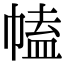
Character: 𢄍